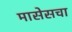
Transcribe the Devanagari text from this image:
मासेसचा